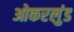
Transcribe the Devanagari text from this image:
ओकरलुंड